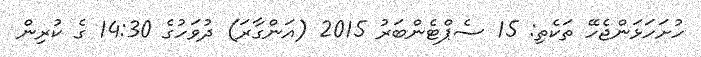
ހުށަހަޅަންޖެހޭ ތަކެތި: 15 ސެޕްޓެންބަރު 2015 (އަންގާރަ) ދުވަހުގެ 14:30 ގެ ކުރިން